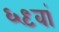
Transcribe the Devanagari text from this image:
६९वां